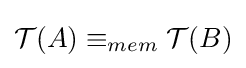
{\mathcal {T}}(A)\equiv _{mem}{\mathcal {T}}(B)